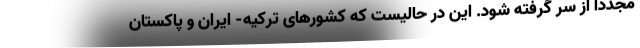
مجددا از سر گرفته شود. این در حالیست که کشورهای ترکیه- ایران و پاکستان